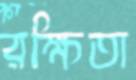
রক্ষিতা